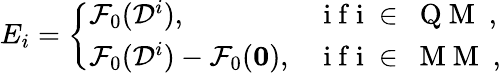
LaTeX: E_{i}=\left\{ \begin{array}{ll}{\mathcal{F}_{0}(\mathcal{D}^{i}),}&{\mathrm{~i~f~i~\in~\mathrm{~Q~M~}~},}\\ {\mathcal{F}_{0}(\mathcal{D}^{i})-\mathcal{F}_{0}(\mathbf{0}),}&{\mathrm{~i~f~i~\in~\mathrm{~M~M~}~},}\end{array}\right.